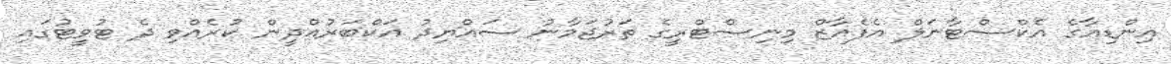
އިންޑިއާގެ އެކްސްޓާނަލް އެފެއާޒް މިނިސްޓްރީގެ ތަރުޖަމާނު ސައްޔިދު އަކްބަރުއްދީން ކުރެއްވި ދެ ޓުވީޓުގައި